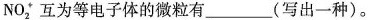
NO_{2}^{+}互为等电子体的微粒有___________(写出一种)。